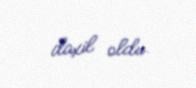
daxil oldu.